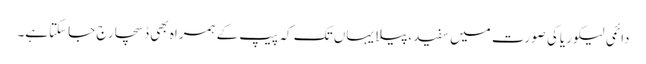
دائمی لیکوریاکی صورت میں سفید،پیلا یہاں تک کہ پیپ کے ہمراہ بھی ڈسچارج جاسکتاہے۔